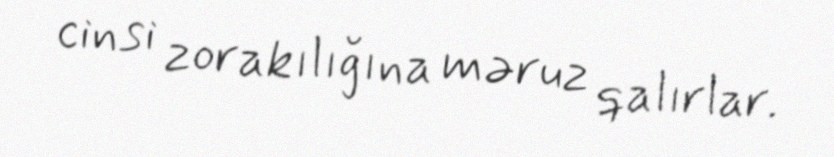
cinsi zorakılığına məruz qalırlar.